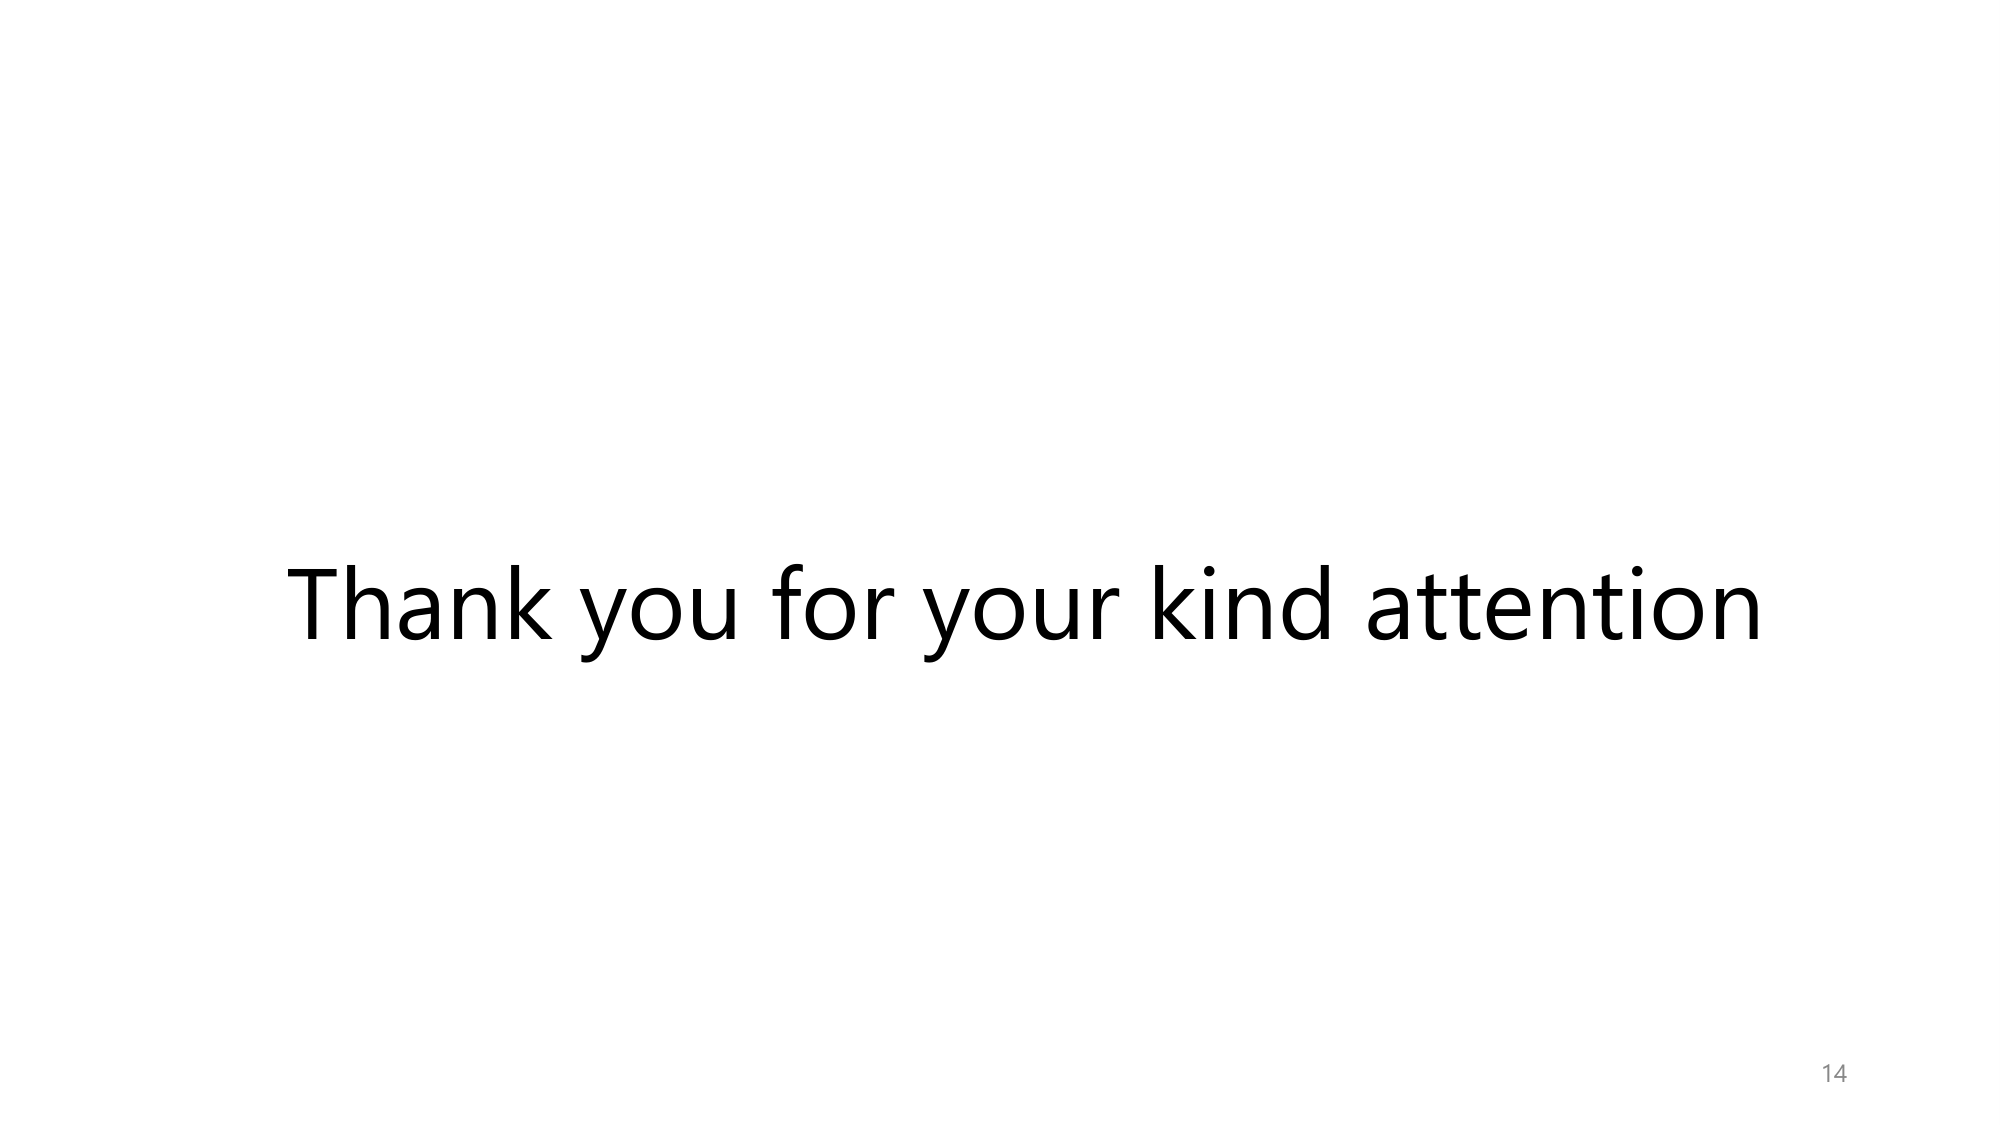
Thank you for your kind attention
14